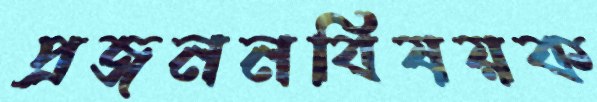
প্রজননবিষয়ক